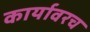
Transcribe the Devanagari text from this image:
कार्यावरच